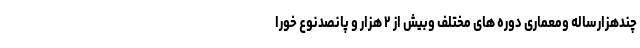
چندهزارساله ومعماری دوره های مختلف وبیش از ۲ هزار و پانصدنوع خورا